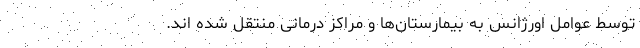
توسط عوامل اورژانس به بیمارستان‌ها و مراکز درمانی منتقل شده اند.